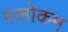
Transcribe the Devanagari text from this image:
स्‍लोकम